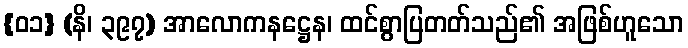
{၀၁} (နိ၊ ၃၉၇) အာလောကနဋ္ဌေန၊ ထင်စွာပြတတ်သည်၏ အဖြစ်ဟူသော